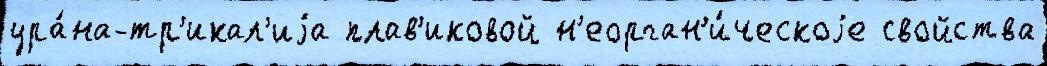
ура́на-тр'икал'иjа плав'иковой н'еорган'и́ческоjе свойства